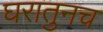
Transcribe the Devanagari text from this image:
घरातुनच